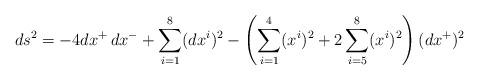
LaTeX: \begin{align*}ds^2=-4dx^+\,dx^-+\sum_{i=1}^{8}(dx^i)^2-\left(\sum_{i=1}^{4}(x^i)^2+2\sum_{i=5}^{8}(x^i)^2\right)(dx^+)^2\end{align*}